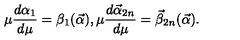
\mu { \frac { d \alpha _ { 1 } } { d \mu } } = \beta _ { 1 } ( { \vec { \alpha } } ) , \mu { \frac { d { \vec { \alpha } } _ { 2 n } } { d \mu } } = { \vec { \beta } } _ { 2 n } ( { \vec { \alpha } } ) .